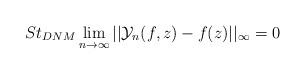
LaTeX: \begin{align*} St_{DNM}\lim_{n\rightarrow \infty}||\mathcal{Y}_{n}(f,z)-f(z)||_{\infty}=0 \end{align*}